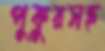
পুকুরসহ